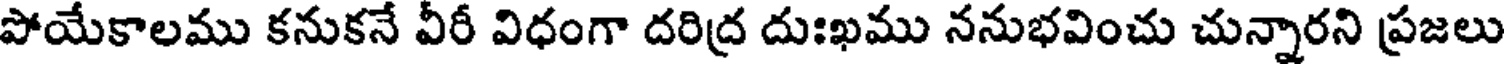
పోయేకాలము కనుకనే వీరీ విధంగా దరిద్ర దుఃఖము ననుభవించు చున్నారని ప్రజలు